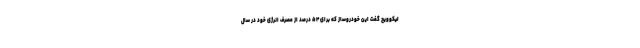
لیکوویچ گفت این خودروساز که برای ۵۴ درصد از مصرف انرژی خود در سال